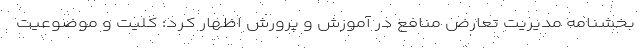
بخشنامه مدیریت تعارض منافع در آموزش و پرورش اظهار کرد: کلیت و موضوعیت